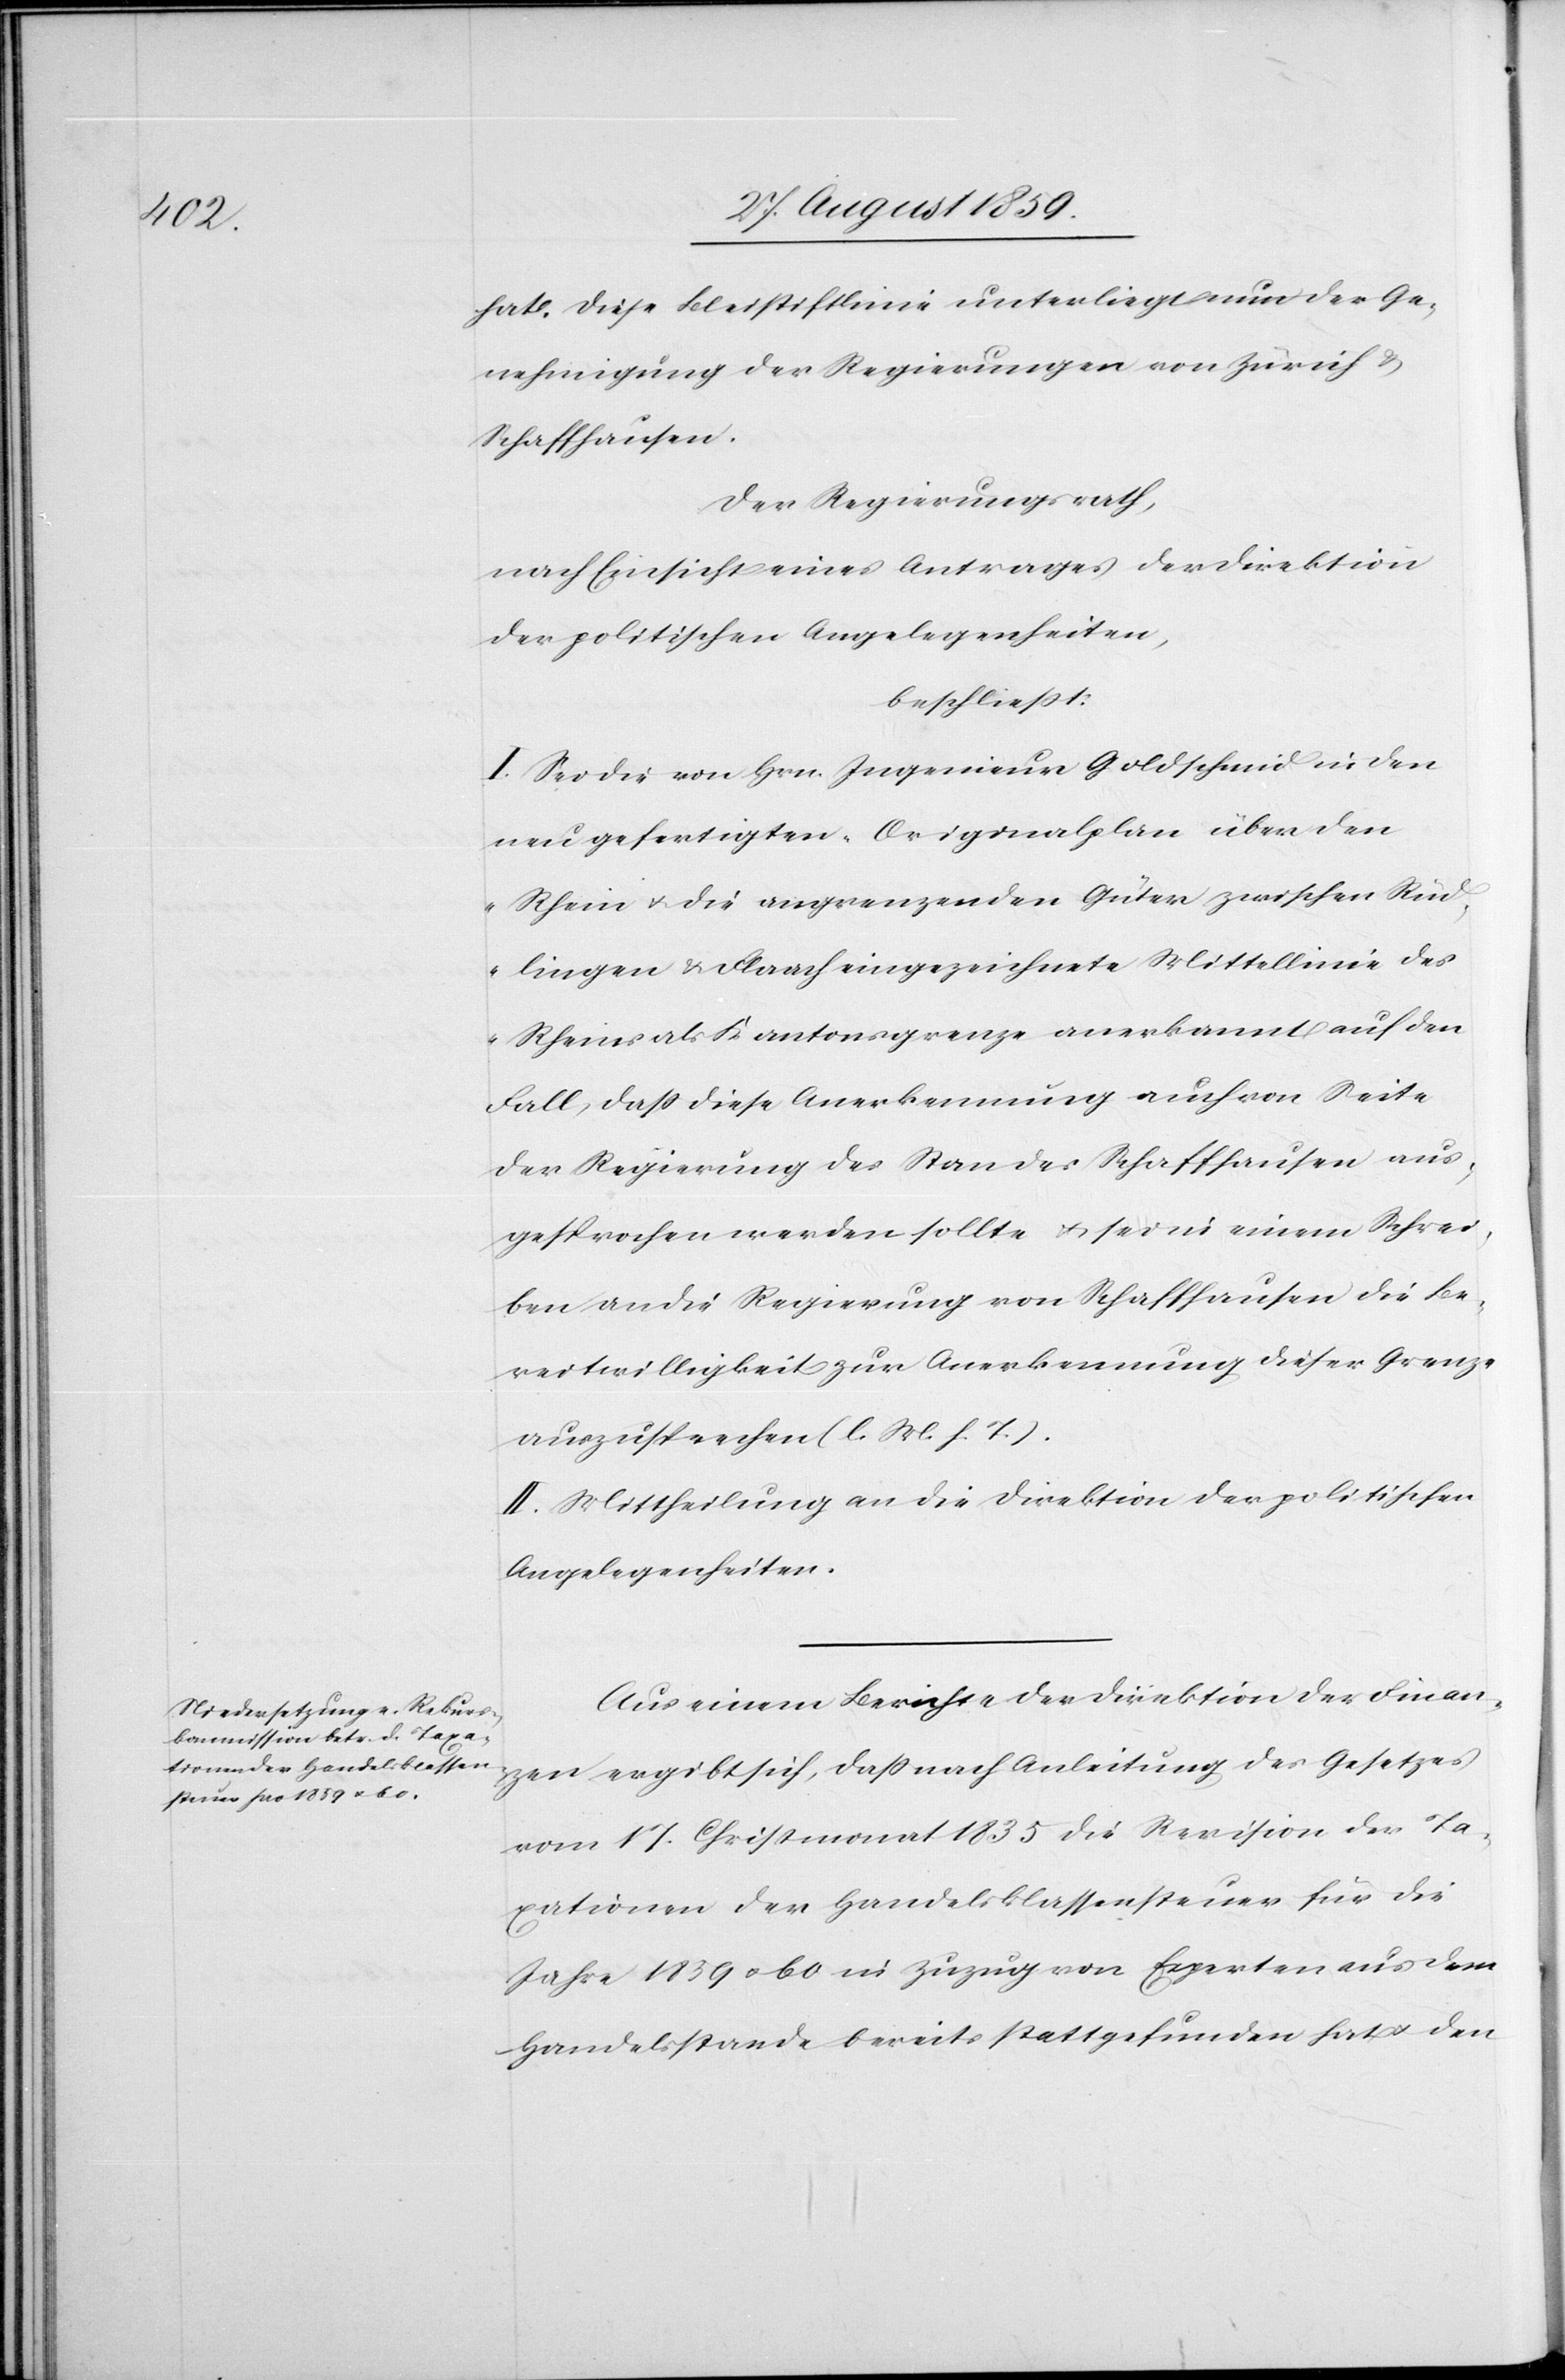
hat. Diese Bleistiftlinie unterliegt nun der Ge¬
nehmigung der Regierungen von Zürich &
Schaffhausen.
Der Regierungsrath,
nach Einsicht eines Antrages der Direktion
der politischen Angelegenheiten,
beschließt:
I. Sei die von Hrn. Ingenieur Goldschmid in den
neu gefertigten „Originalplan über den
Rhein & die angrenzenden Güter zwischen, Rüd¬
lingen & Flaach eingezeichnete Mittellinie des
Rheins als Kantonsgrenze anerkannt auf den
Fall, daß diese Anerkennung auch von Seite
der Regierung des Standes Schaffhausen aus¬
gesprochen werden sollte & sei in einem Schrei¬
ben an die Regierung von Schaffhausen die Be¬
reitwilligkeit zur Anerkennung dieser Grenze
auszusprechen (l. M. h. T.).
II. Mittheilung an die Direktion der politischen
Angelegenheiten.
Aus einem Berichte der Direktion der Finan¬
zen ergibt sich, daß nach Anleitung des Gesetzes
vom 17. Christmonat 1835 die Revision der Ta¬
xationen der Handelsklassensteuer für die
Jahre 1859 & 60 in Zuzug von Experten aus dem
Handelsstande bereits stattgefunden hat & den